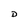
Character: D